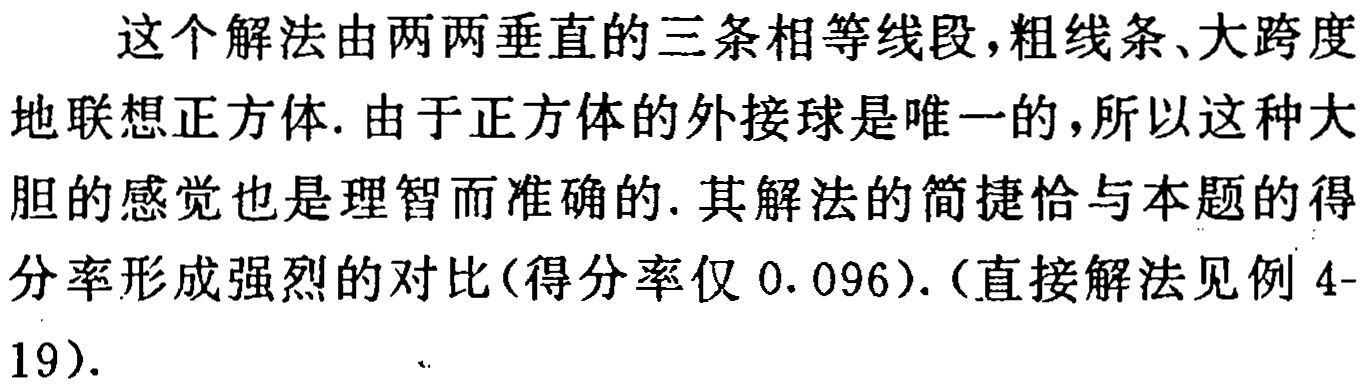
这个解法由两两垂直的三条相等线段,粗线条、大跨度地联想正方体. 由于正方体的外接球是唯一的,所以这种大胆的感觉也是理智而准确的. 其解法的简捷恰与本题的得分率形成强烈的对比(得分率仅 \(0.096\)). (直接解法见例 4-19).